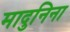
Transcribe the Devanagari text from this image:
मादुनिना